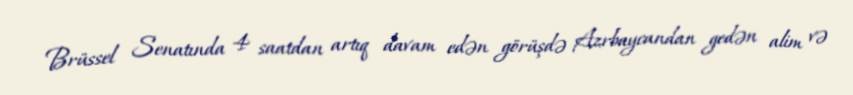
Brüssel Senatında 4 saatdan artıq davam edən görüşdə Azrbaycandan gedən alim və